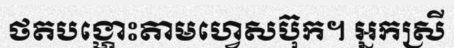
ថតបង្ហោះតាមហ្វេសប៊ុក។ អ្នកស្រី